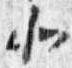
北